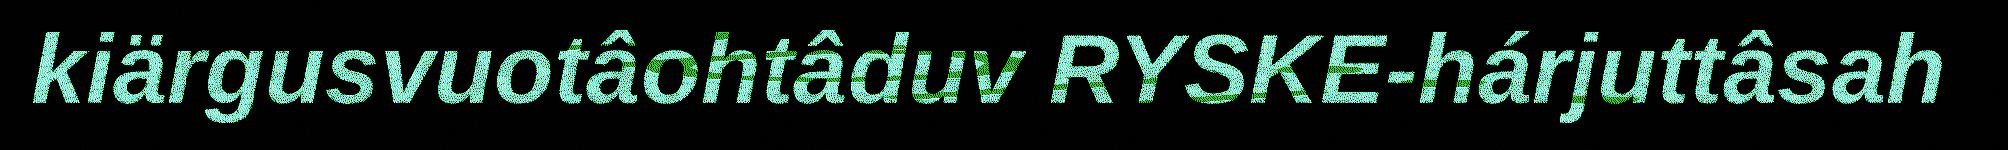
kiärgusvuotâohtâduv RYSKE-hárjuttâsah